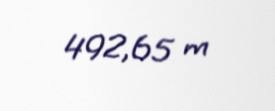
492,65 m